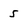
Character: 5